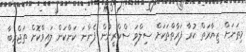
މިތަނަށް ޒިޔާރަތް ކުރާ ފަރާތްތަކަށް ސިލްވަ ސްކްރީނުން ފެންނަ ކަންކަން ލައިވްކޮށް ތަޖްރިބާ